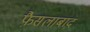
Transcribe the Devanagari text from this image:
फै़सलाबाद